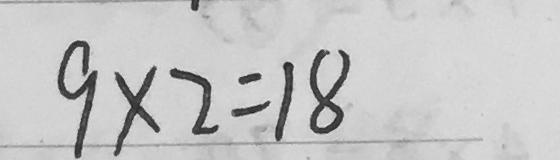
9 \times 2 = 1 8